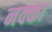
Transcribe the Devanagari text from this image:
नक्का